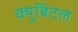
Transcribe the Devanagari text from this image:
क्युबिटल